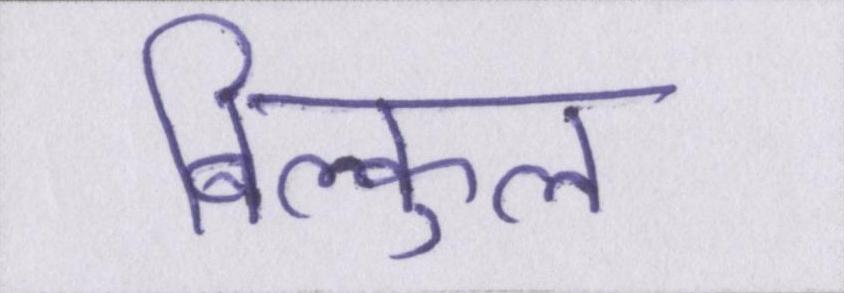
बिल्कुल